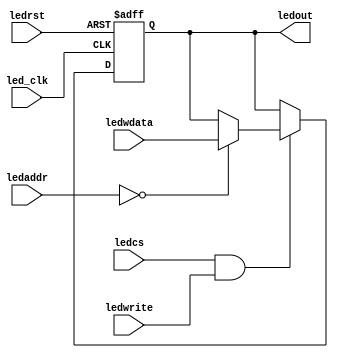
`timescale 1ns / 1ps
//////////////////////////////////////////////////////////////////////////////////

module leds (
    input			ledrst,		// reset, active high 
    input			led_clk,	// clk for led 
    input			ledwrite,	// led write enable, active high 
    input			ledcs,		// 1 means the leds are selected as output 
    input	[1:0]	ledaddr,	// 2'b00 means updata the low 16bits of ledout, 2'b10 means updata the high 8 bits of ledout
    input	[31:0]	ledwdata,	// the data (from register/memorio)  waiting for to be writen to the leds of the board
    output	reg [31:0]	ledout		// the data writen to the leds  of the board
);
    
    always @ (posedge led_clk or posedge ledrst) begin
        if (ledrst)
            ledout <= 32'h00000000;
		else if (ledcs && ledwrite) begin
			if (ledaddr == 2'b00)
				ledout[31:0] <= ledwdata[31:0];
			else
				ledout <= ledout;
        end 
        else begin
            ledout <= ledout;
        end
        
    end
	
endmodule